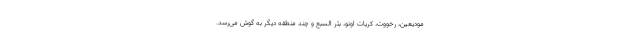
مودیعین، رخووت، کریات اونو، بئر السبع و چند منطقه دیگر به گوش می‌رسد.